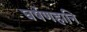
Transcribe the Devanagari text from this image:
घर्षणहानि